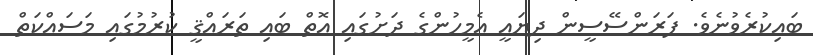
ބައިކުރެވުނެވެ. ފަރަންސޭސީން ދިޔައީ އެމީހުންގެ ދަށުގައި އޮތް ބައި ތަރައްޤީ ކުރުމުގައި މަސައްކަތް